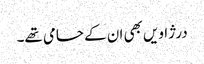
درژاویں بھی ان کے حامی تھے۔